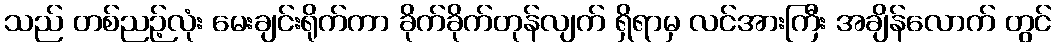
သည် တစ်ညဉ့်လုံး မေးချင်းရိုက်ကာ ခိုက်ခိုက်တုန်လျက် ရှိရာမှ လင်အားကြီး အချိန်လောက် တွင်